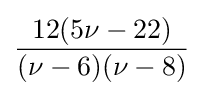
{\frac {12(5\nu -22)}{(\nu -6)(\nu -8)}}